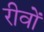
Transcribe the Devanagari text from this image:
रीवों